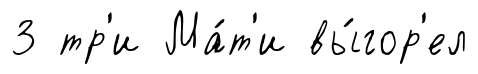
3 тр'и Ма́т'и вы́гор'ел